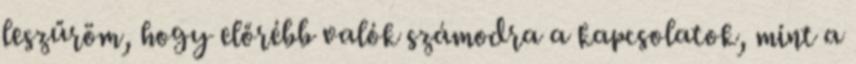
leszűröm, hogy előrébb valók számodra a kapcsolatok, mint a